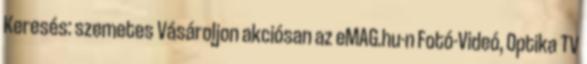
Keresés: szemetes Vásároljon akciósan az eMAG.hu-n Fotó-Videó, Optika TV